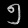
Digit: ၅